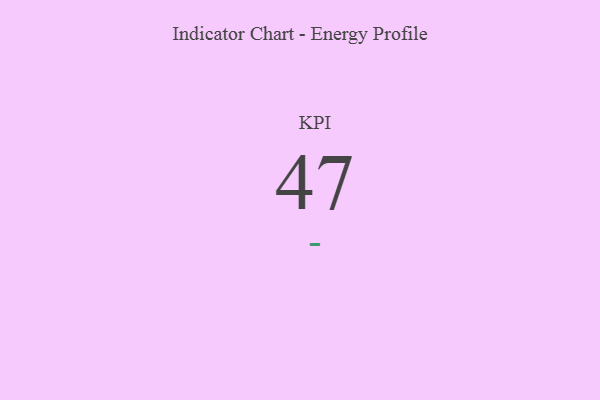
{"axis": {"x": "KPI", "y": "Value"}, "legend": [""], "data": [{"x": "KPI", "y": 47, "type": ""}]}